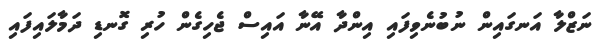
ނަޒްލާ އަނގައިން ނުބުނެވިފައި އިންދާ އޭނާ އައިސް ޖެހިގެން ހުރި ގޮނޑި ދަމާލައިފައި